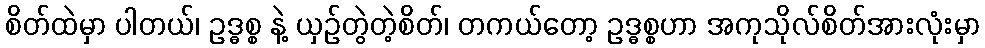
စိတ်ထဲမှာ ပါတယ်၊ ဥဒ္ဓစ္စ နဲ့ ယှဉ်တွဲတဲ့စိတ်၊ တကယ်တော့ ဥဒ္ဓစ္စဟာ အကုသိုလ်စိတ်အားလုံးမှာ